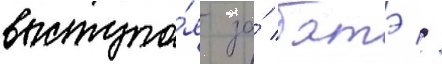
выступа́я за́ батэ //